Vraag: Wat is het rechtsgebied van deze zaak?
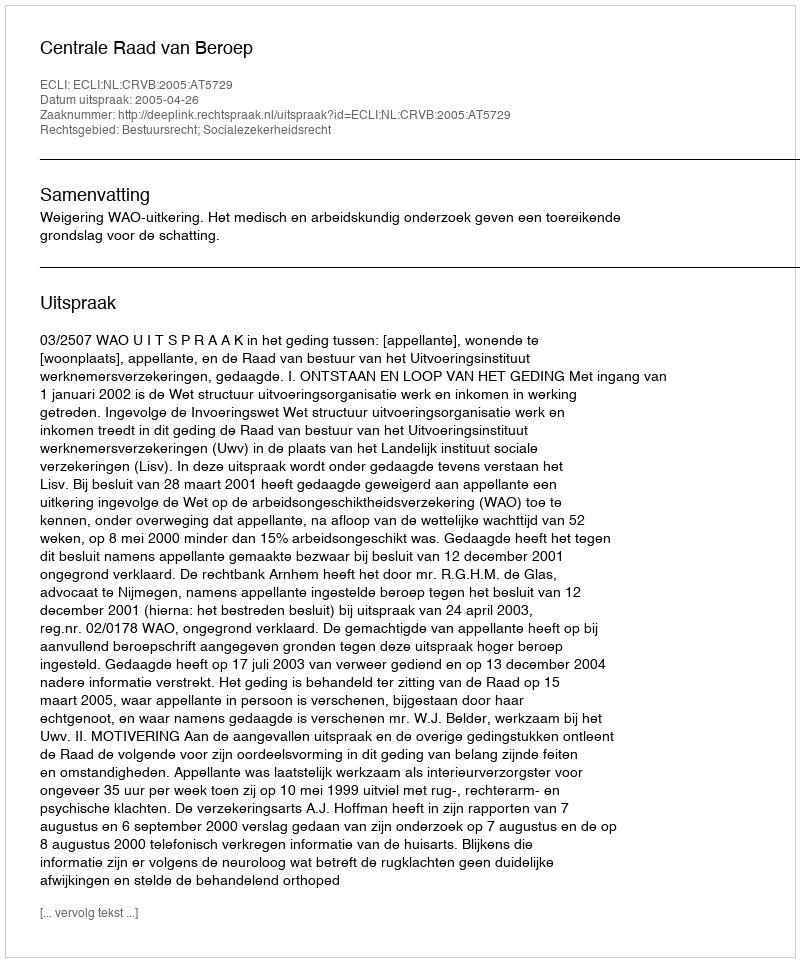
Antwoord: Bestuursrecht; Socialezekerheidsrecht